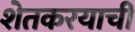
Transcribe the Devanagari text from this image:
शेतकरयाची